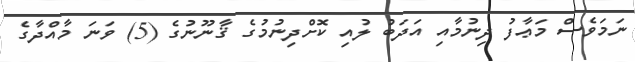
ނަމަވެސް މަޢާފު ދިނުމާއި އަދަބު ލުއި ކޮށްދިނުމުގެ ޤާނޫނުގެ (5) ވަނަ މާއްދާގެ